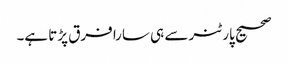
صحیح پارٹنر سے ہی سارا فرق پڑتا ہے۔